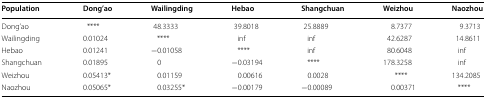
| Population | Dong’ao | Wailingding | Hebao | Shangchuan | Weizhou | Naozhou |
 | --- | --- | --- | --- | --- | --- | --- |
 | Dong’ao | **** | 48.3333 | 39.8018 | 25.8889 | 8.7377 | 9.3713 |
 | Wailingding | 0.01024 | **** | inf | inf | 42.6287 | 14.8611 |
 | Hebao | 0.01241 | −0.01058 | **** | inf | 80.6048 | inf |
 | Shangchuan | 0.01895 | 0 | −0.03194 | **** | 178.3258 | inf |
 | Weizhou | 0.05413* | 0.01159 | 0.00616 | 0.0028 | **** | 134.2085 |
 | Naozhou | 0.05065* | 0.03255* | −0.00179 | −0.00089 | 0.00371 | **** |